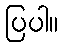
ပြပါ။